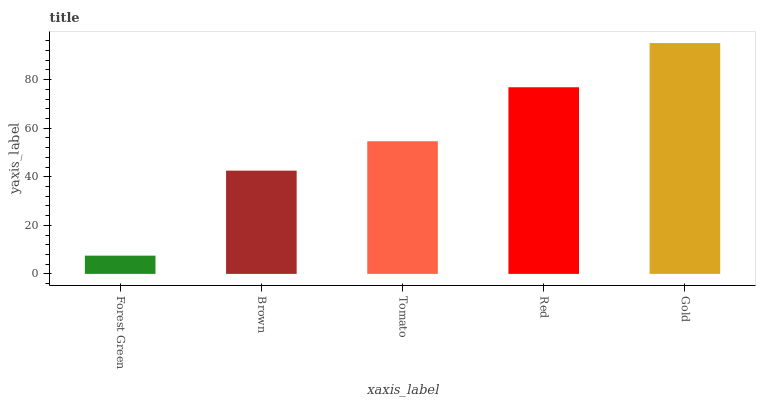
| xaxis_label | bars |
 | --- | --- |
 | Forest Green | 7.51 |
 | Brown | 42.5 |
 | Tomato | 54.6 |
 | Red | 76.8 |
 | Gold | 95 |